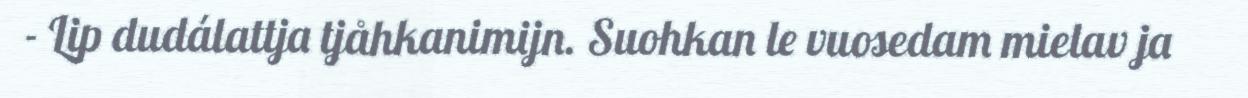
- Lip dudálattja tjåhkanimijn. Suohkan le vuosedam mielav ja